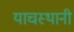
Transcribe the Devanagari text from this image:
याचस्थानी